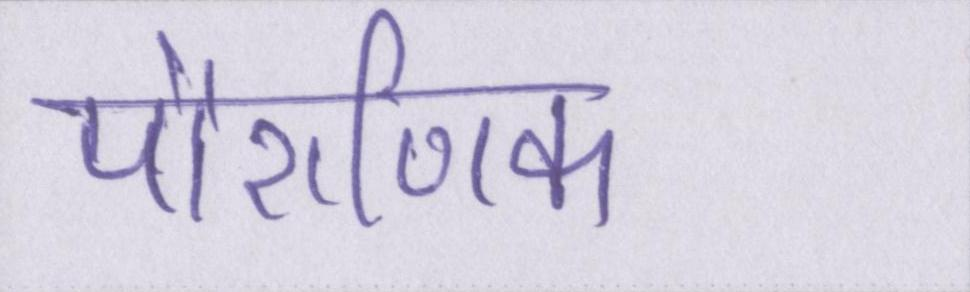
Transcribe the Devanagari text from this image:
पौराणिक